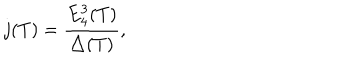
j ( T ) = \frac { E _ { 4 } ^ { 3 } ( T ) } { \triangle ( T ) } ,